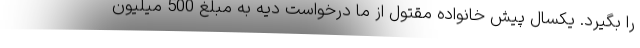
را بگیرد. یکسال پیش خانواده مقتول از ما درخواست دیه به مبلغ 500 میلیون